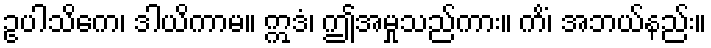
ဥပါသိကေ၊ ဒါယိကာမ။ ဣဒံ၊ ဤအမှုသည်ကား။ ကိံ၊ အဘယ်နည်း။